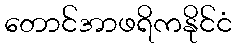
တောင်အာဖရိကနိုင်ငံ